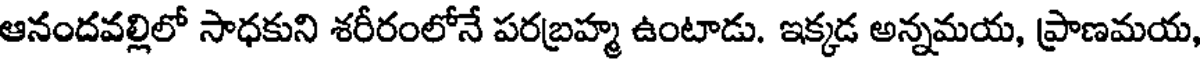
ఆనందవల్లిలో సాధకుని శరీరంలోనే పరబ్రహ్మ ఉంటాడు. ఇక్కడ అన్నమయ, ప్రాణమయ,